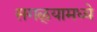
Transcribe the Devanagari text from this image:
सगळ्यामध्ये